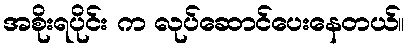
အစိုးရပိုင်း က လုပ်ဆောင်ပေးနေတယ်။